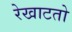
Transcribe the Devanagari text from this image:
रेखाटतो